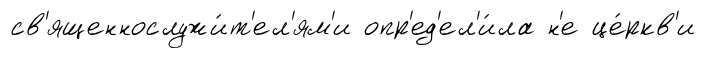
св'ященнослужи́т'ел'ям'и опр'ед'ел'и́ла н'е це́ркв'и